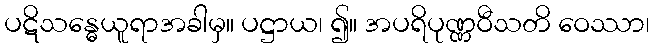
ပဋိသန္ဓေယူရာအခါမှ။ ပဋ္ဌာယ၊ ၍။ အပရိပုဏ္ဏဝီသတိ ဝေဿာ၊